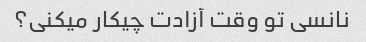
نانسی تو وقت آزادت چیکار میکنی؟